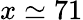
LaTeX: x\simeq 71